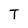
Character: T